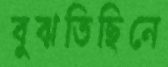
বুঝতিছিনে